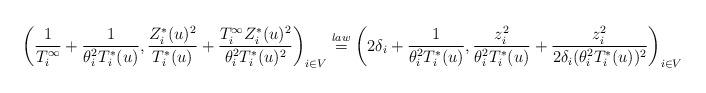
LaTeX: \begin{align*}\left( \frac{1}{T_i^{\infty}}+\frac{1}{ \theta_i^2T_i^*(u)},\frac{Z_i^*(u)^2}{T_i^*(u)}+\frac{T_i^{\infty}Z_i^*(u)^2}{\theta_i^2T_i^*(u)^2}\right)_{i\in V}&\overset{law}=\left(2\delta_i+\frac{1}{ \theta_i^2T_i^*(u)},\frac{z_i^2}{\theta_i^2T_i^*(u)} +\frac{z_i^2}{2\delta_i(\theta_i^2T_i^*(u))^2}\right)_{i\in V}\end{align*}